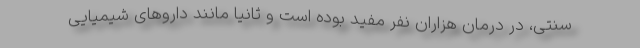
سنتی، در درمان هزاران نفر مفید بوده است و ثانیاً مانند داروهای شیمیایی